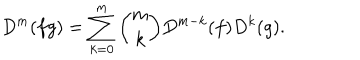
LaTeX: D ^ { m } ( f g ) = \sum _ { k = 0 } ^ { m } { \binom { m } { k } } D ^ { m - k } ( f ) D ^ { k } ( g ) .